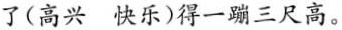
了(高兴 快乐)得一蹦三尺高。